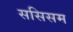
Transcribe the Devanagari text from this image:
ससिसम